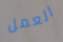
العمل